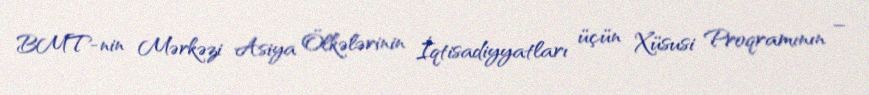
BMT-nin Mərkəzi Asiya Ölkələrinin İqtisadiyyatları üçün Xüsusi Proqramının –